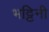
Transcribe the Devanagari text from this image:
भट्टिनी